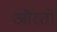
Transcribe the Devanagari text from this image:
औंरतों